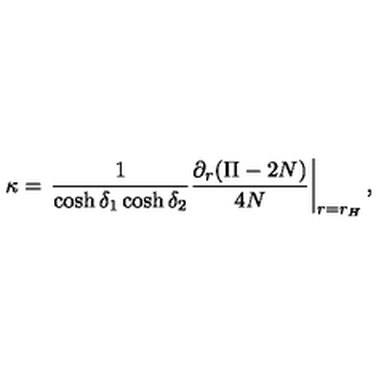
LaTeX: \kappa = \left. { \frac { 1 } { \cosh \delta _ { 1 } \cosh \delta _ { 2 } } } { \frac { \partial _ { r } ( \Pi - 2 N ) } { 4 N } } \right| _ { r = r _ { H } } ,